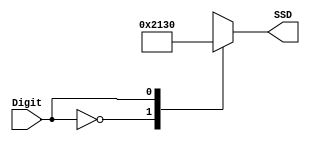
module DisplayAlarmState(
input Digit,
output reg[6:0]SSD
);

always  @ (Digit)
	begin
	
		case(Digit)
							  // ABCDEFG
			0:	SSD = 7'b1000010;//d
			
			
			1: SSD = 7'b0110000;//E
			
		endcase
	
	end

endmodule